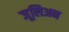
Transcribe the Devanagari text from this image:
जूलिअन